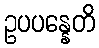
ဥပပန္နေတိ